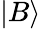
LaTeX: |B\rangle